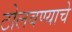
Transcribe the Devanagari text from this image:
टोलवण्याचे